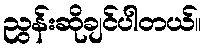
ညွန်းဆိုချင်ပါတယ်။